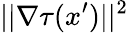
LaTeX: ||\nabla\tau(x^{\prime})||^{2}